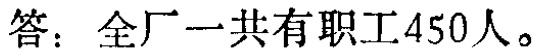
答：全厂一共有职工450人。